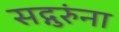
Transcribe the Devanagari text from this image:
सद्गुरुंना